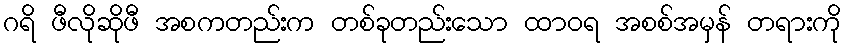
ဂရိ ဖီလိုဆိုဖီ အစကတည်းက တစ်ခုတည်းသော ထာဝရ အစစ်အမှန် တရားကို